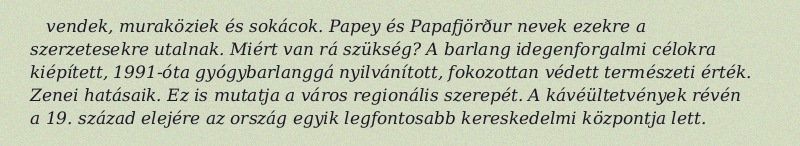
vendek, muraköziek és sokácok. Papey és Papafjörður nevek ezekre a szerzetesekre utalnak. Miért van rá szükség? A barlang idegenforgalmi célokra kiépített, 1991-óta gyógybarlanggá nyilvánított, fokozottan védett természeti érték. Zenei hatásaik. Ez is mutatja a város regionális szerepét. A kávéültetvények révén a 19. század elejére az ország egyik legfontosabb kereskedelmi központja lett.